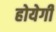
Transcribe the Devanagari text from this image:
होयेगी